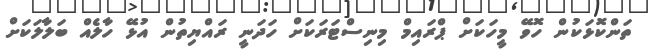
ތަންކޮޅަކުން ހޮވޭ މީހަކަށް ޕްރައިމް މިނިސްޓަރަކަށް ހަދަނީ ރައްޔިތުން އުޅޭ ހާލެއް ބަލާލަކަށް